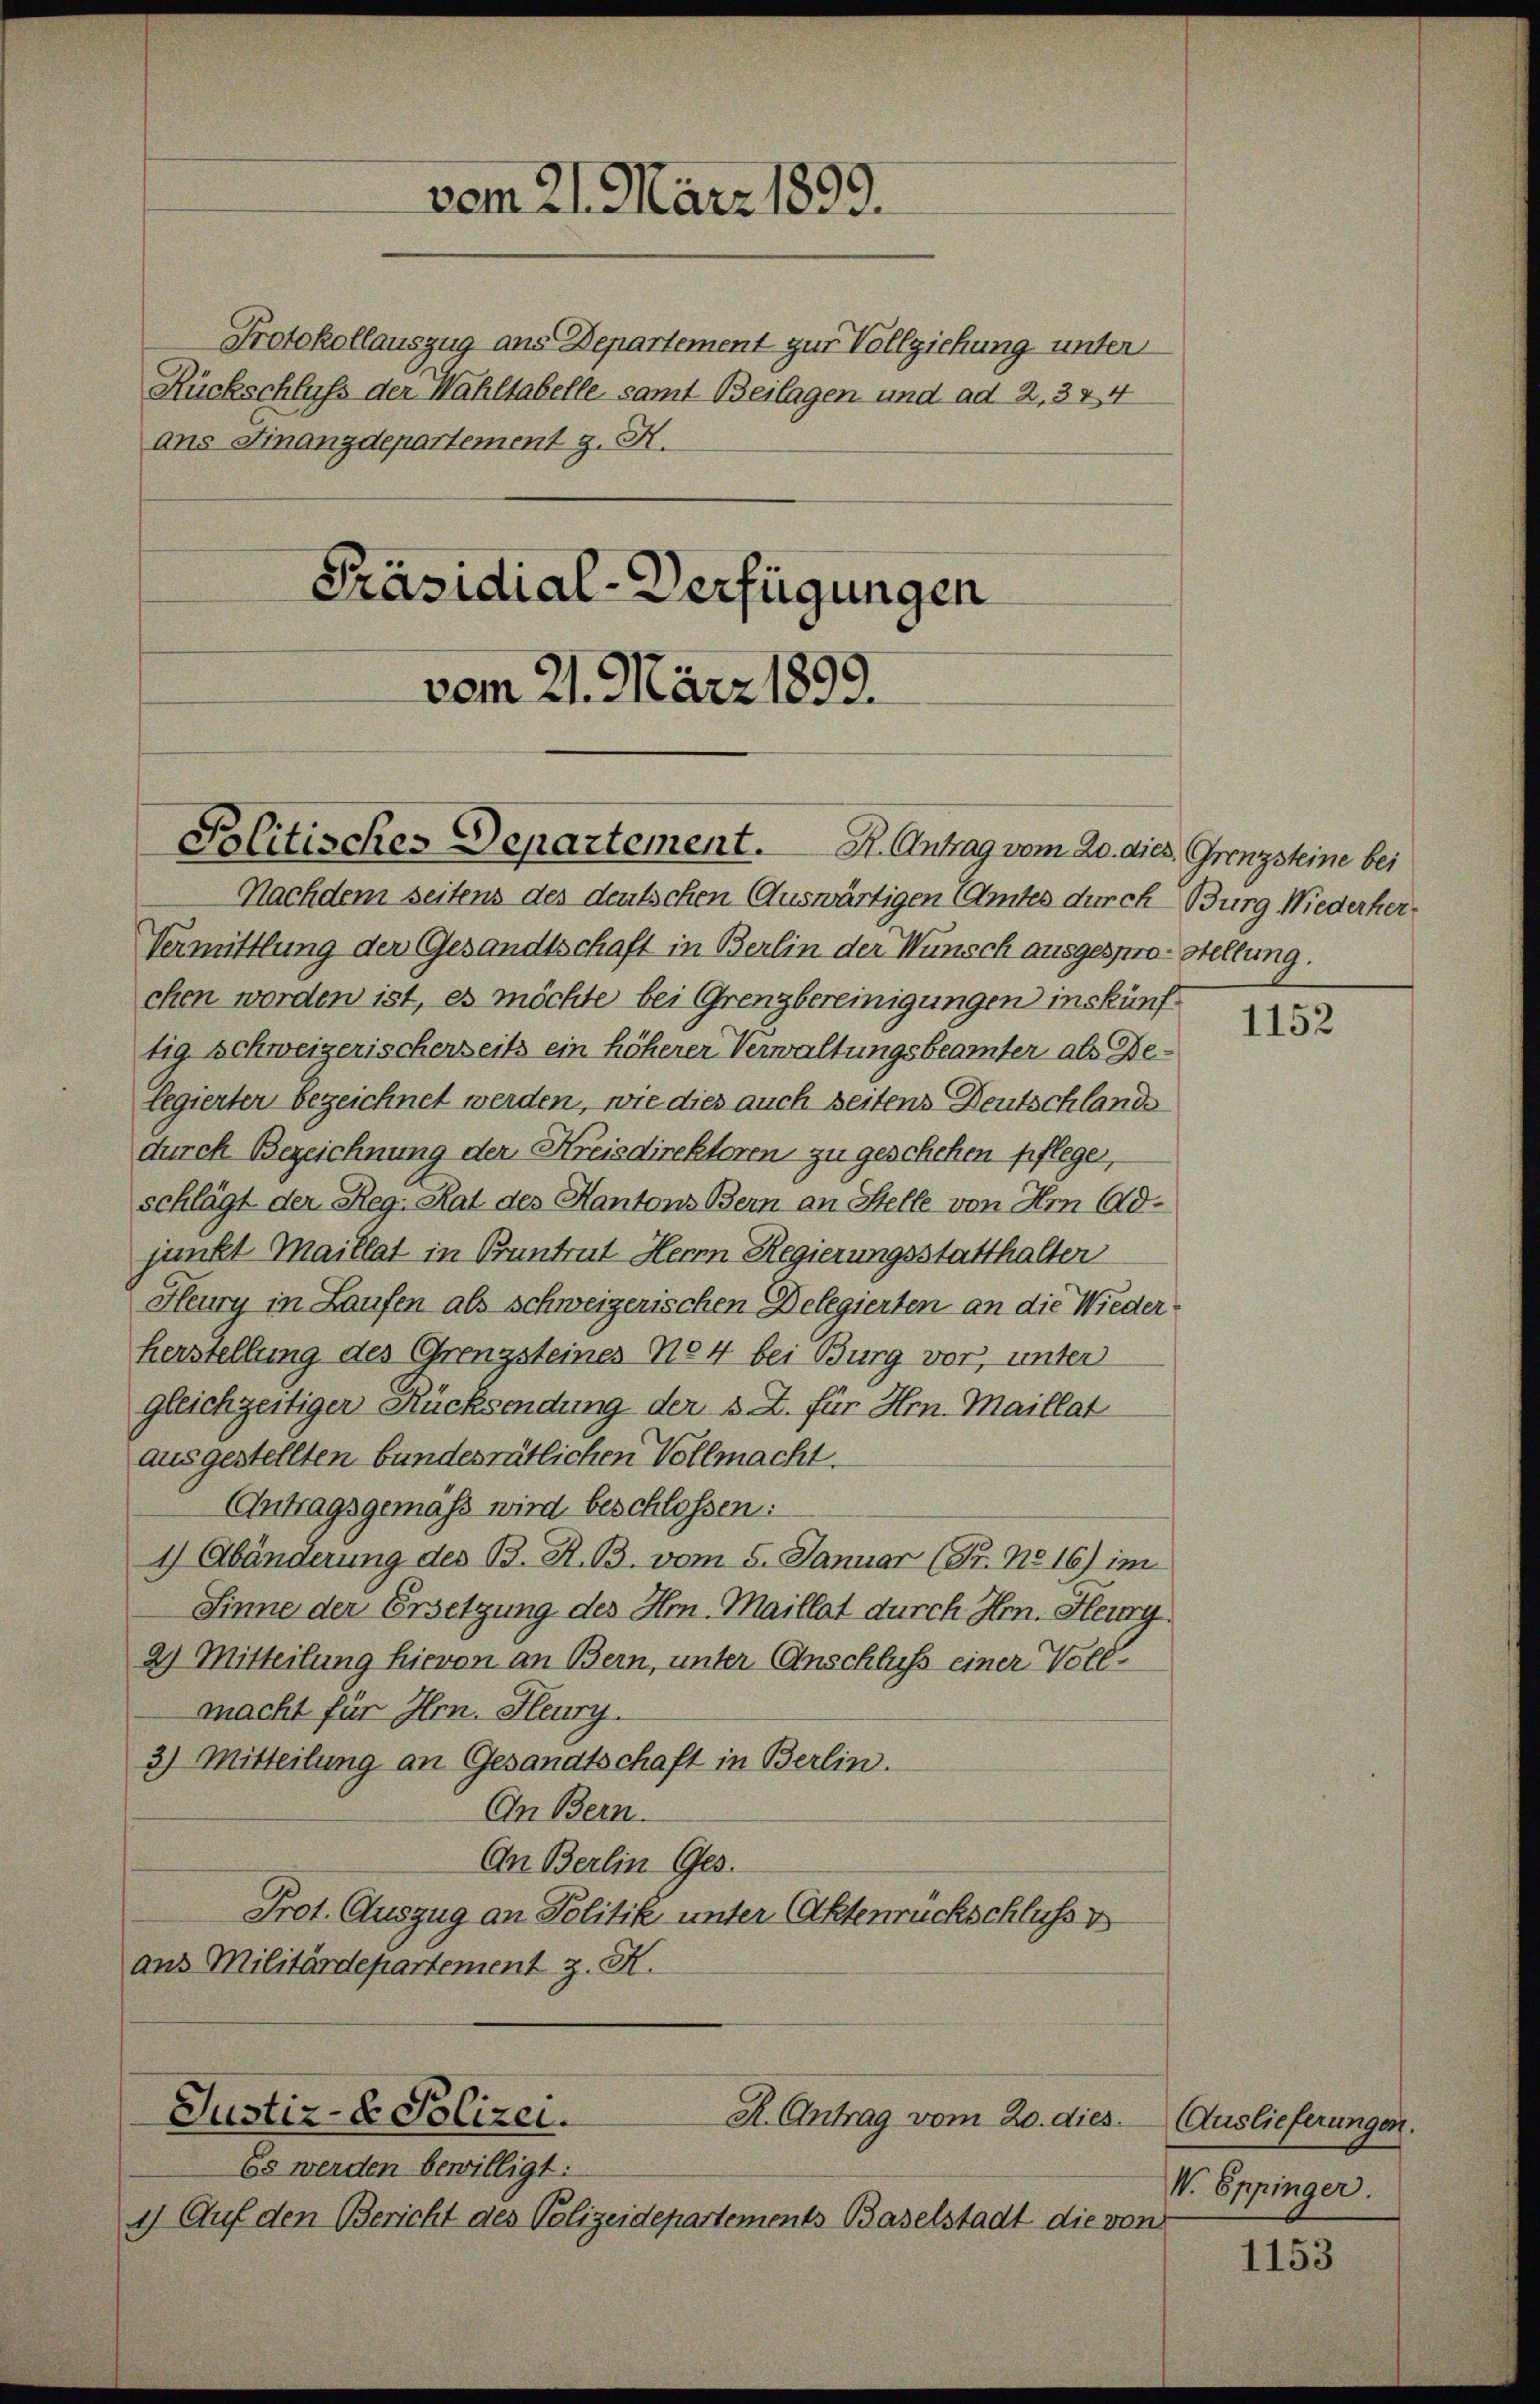
ans Finanzdepartement z. H.

vom 21. März 1899.

Protokollauszug aus Departement zur Vollziehung unter
Rückschluß der Wahltabelle samt Beilagen und ad 2, 334

Politisches Departement. B. Antrag vom 20. dies. Grenzsteine bei

Präsidial-Verfügungen
vom 21. März 1899.

Nachdem seitens des deutschen Auswärtigen Amtes durch Burg Wiederher¬
Vermittlung der Gesandtschaft in Berlin der Wunsch ausgespro-Stellung.
chen worden ist, es möchte bei Grenzbereinigungen inskünftig schweizerischerseits ein höherer Verwaltungsbeamter als Delegierter bezeichnet werden, wie dies auch seitens Deutschlands
durch Bezeichnung der Kreisdirektoren zu geschehen pflegen,
schlägt der Reg. Rat des Kantons Bern an Stelle von Im Adjunkt Maillat in Krantrat Herrn Regierungsstatthalter
Heury in Laufen als Schweizerischen Delegierten an die Wiederherstellung des Grenzsteines No 4 bei Burg vor, unter
gleichzeitiger Rücksendung der s. Z. für Hrn. Maillat
ausgestellten bundesrätlichen Vollmacht.
Antragsgemäß wird beschlossen:
1) Abänderung des B. R. B. vom 5. Januar (Pr. No 16) im
Sinne der Ersetzung des Hrn. Maillat durch Hr. Heury
2) Mitteilung hievon an Bern, unter Anschluss einer Vollmacht für Hrn. Heury.
3) Mitteilung an Gesandtschaft in Berlin.
An Bern.
On Berlin Ges.
Prot. Auszug an Politik unter (Aktenrückschluss v
aus Militärdepartement z. K.

Es werden bewilligt:
1) Auf den Bericht des Polizeidepartements Baselstadt die von

Justiz- & Polizei.
R. Antrag vom 20. dies

1152

Auslieferungen.
V. Eppinger.

1153